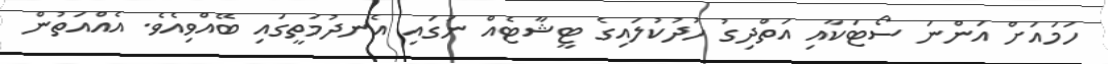
ހަމައަށް އަންނަ ސޯޓަކާއި އަތްދިގު ހުދުކުލައިގެ ޓީޝާޓެއް ނަގައި އެނދުމަތީގައި ބޭއްވިއެވެ. އެއްއަތުން